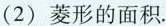
(2)菱形的面积.